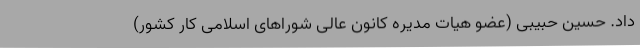
داد. حسین حبیبی (عضو هیات مدیره کانون عالی شوراهای اسلامی کار کشور)